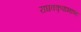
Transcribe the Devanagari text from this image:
राघवकृपाभाष्य